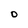
Character: O